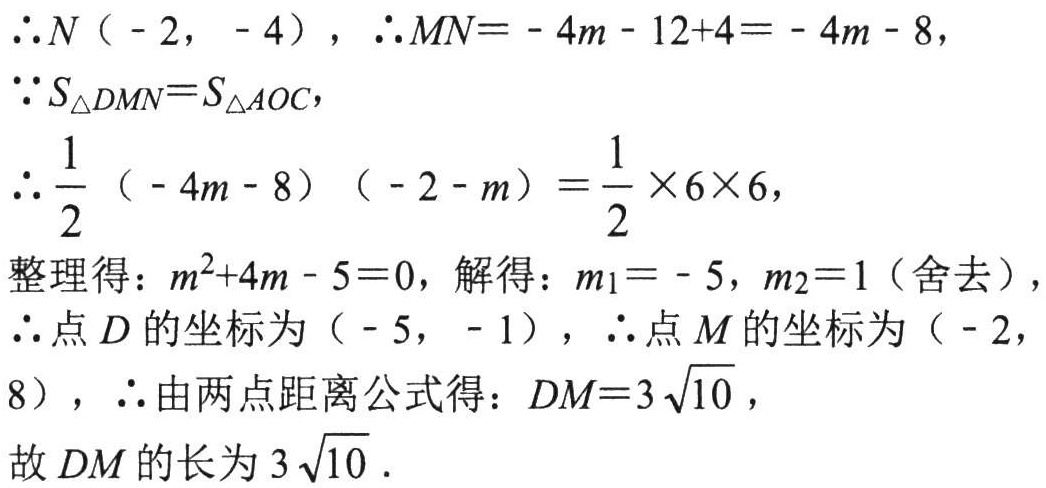
\(\therefore N(-2, -4), \therefore MN = -4m - 12 + 4 = -4m - 8,\)
\(\because S_{\triangle DMN}=S_{\triangle AOC},\)
\(\therefore \frac{1}{2}(-4m - 8)(-2 - m)=\frac{1}{2}\times6\times6,\)
整理得：\(m^{2}+4m - 5 = 0\)，解得：\(m_1 = -5, m_2 = 1\)（舍去），
\(\therefore\)点\(D\)的坐标为\((-5, -1)\)，\(\therefore\)点\(M\)的坐标为\((-2,8)\)，\(\therefore\)由两点距离公式得：\(DM = 3\sqrt{10}\)，
故\(DM\)的长为\(3\sqrt{10}\).